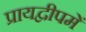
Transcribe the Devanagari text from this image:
प्रायद्वीपमें